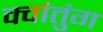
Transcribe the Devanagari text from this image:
क्वांतुंग